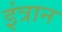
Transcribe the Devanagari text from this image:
इंत्रान